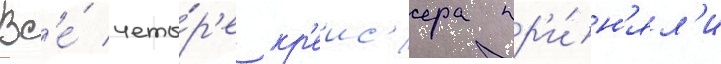
Вс'е́ четы́р'е кр'еис'ера пр'и́н'ял'и